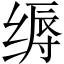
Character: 缛